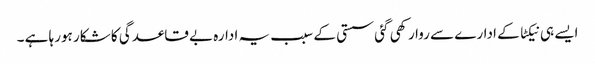
ایسے ہی نیکٹا کے ادارے سے روا رکھی گئی سستی کے سبب یہ ادارہ بے قاعدگی کا شکار ہورہا ہے ۔